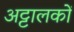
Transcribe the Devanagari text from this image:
अट्टालकों